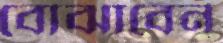
বোঝাবেন